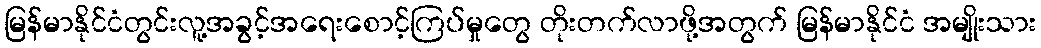
မြန်မာနိုင်ငံတွင်းလူ့အခွင့်အရေးစောင့်ကြပ်မှုတွေ တိုးတက်လာဖို့အတွက် မြန်မာနိုင်ငံ အမျိုးသား